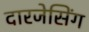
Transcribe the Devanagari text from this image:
दारजेसिंग